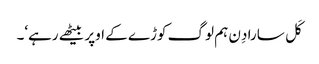
کَل سارا دِن ہم لوگ کوڑے کے اوپر بیٹھے رہے‘۔